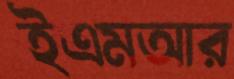
ইএমআর